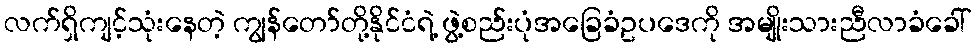
လက်ရှိကျင့်သုံးနေတဲ့ ကျွန်တော်တို့နိုင်ငံရဲ့ ဖွဲ့စည်းပုံအခြေခံဥပဒေကို အမျိုးသားညီလာခံခေါ်